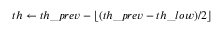
t h \leftarrow t h \_ p r e v - \lfloor ( t h \_ p r e v - t h \_ l o w ) / 2 \rfloor